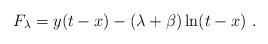
LaTeX: \begin{align*}F_{\lambda}=y(t-x)-(\lambda +\beta)\ln(t-x) ~.\end{align*}